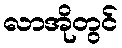
လာအိုတွင်